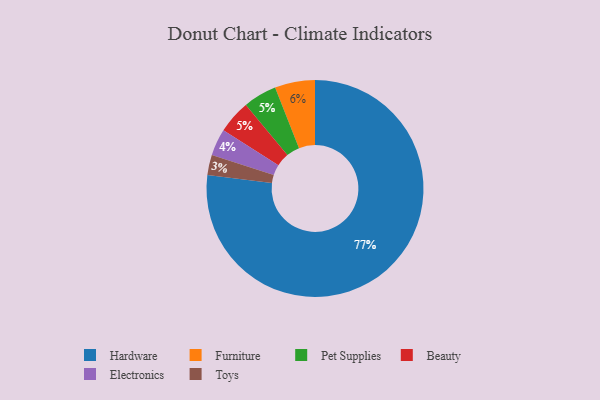
{"axis": {"x": "Category", "y": "Percentage"}, "legend": ["Beauty", "Electronics", "Furniture", "Hardware", "Pet Supplies", "Toys"], "data": [{"x": "Hardware", "y": 77, "type": "Hardware"}, {"x": "Pet Supplies", "y": 5, "type": "Pet Supplies"}, {"x": "Electronics", "y": 4, "type": "Electronics"}, {"x": "Beauty", "y": 5, "type": "Beauty"}, {"x": "Furniture", "y": 6, "type": "Furniture"}, {"x": "Toys", "y": 3, "type": "Toys"}]}